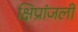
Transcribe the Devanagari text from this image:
क्षिप्रांजली